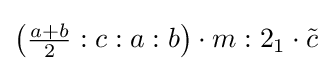
\left({\tfrac {a+b}{2}}:c:a:b\right)\cdot m:2_{1}\cdot {\tilde {c}}